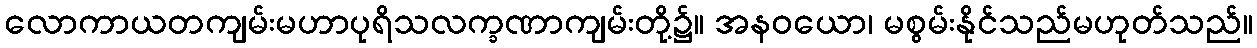
လောကာယတကျမ်းမဟာပုရိသလက္ခဏာကျမ်းတို့၌။ အနဝယော၊ မစွမ်းနိုင်သည်မဟုတ်သည်။